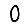
Digit: 0